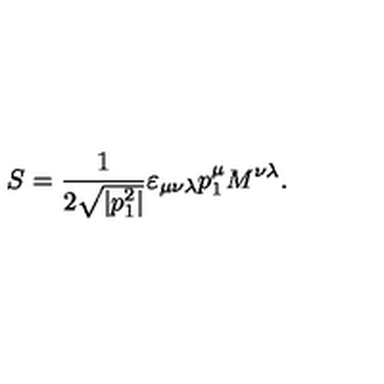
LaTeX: S = \frac { 1 } { 2 \sqrt { | p _ { 1 } ^ { 2 } | } } \varepsilon _ { \mu \nu \lambda } p _ { 1 } ^ { \mu } M ^ { \nu \lambda } .